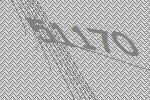
51170